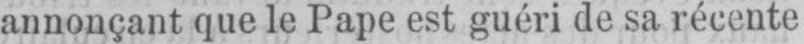
annonçant que le Pape est guéri de sa récente